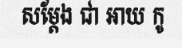
សម្តែង ជា អាយ កូ